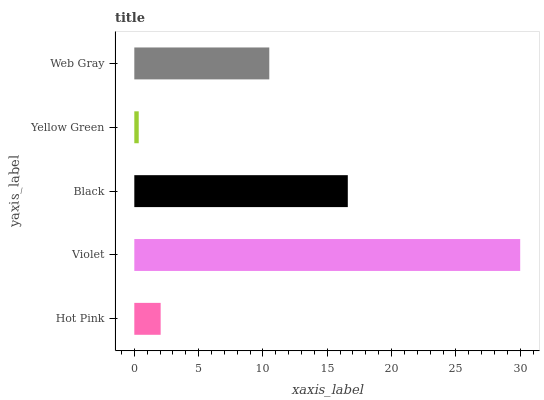
| yaxis_label | bars |
 | --- | --- |
 | Hot Pink | 2.05 |
 | Violet | 30 |
 | Black | 16.6 |
 | Yellow Green | 0.344 |
 | Web Gray | 10.5 |